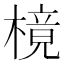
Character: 樈